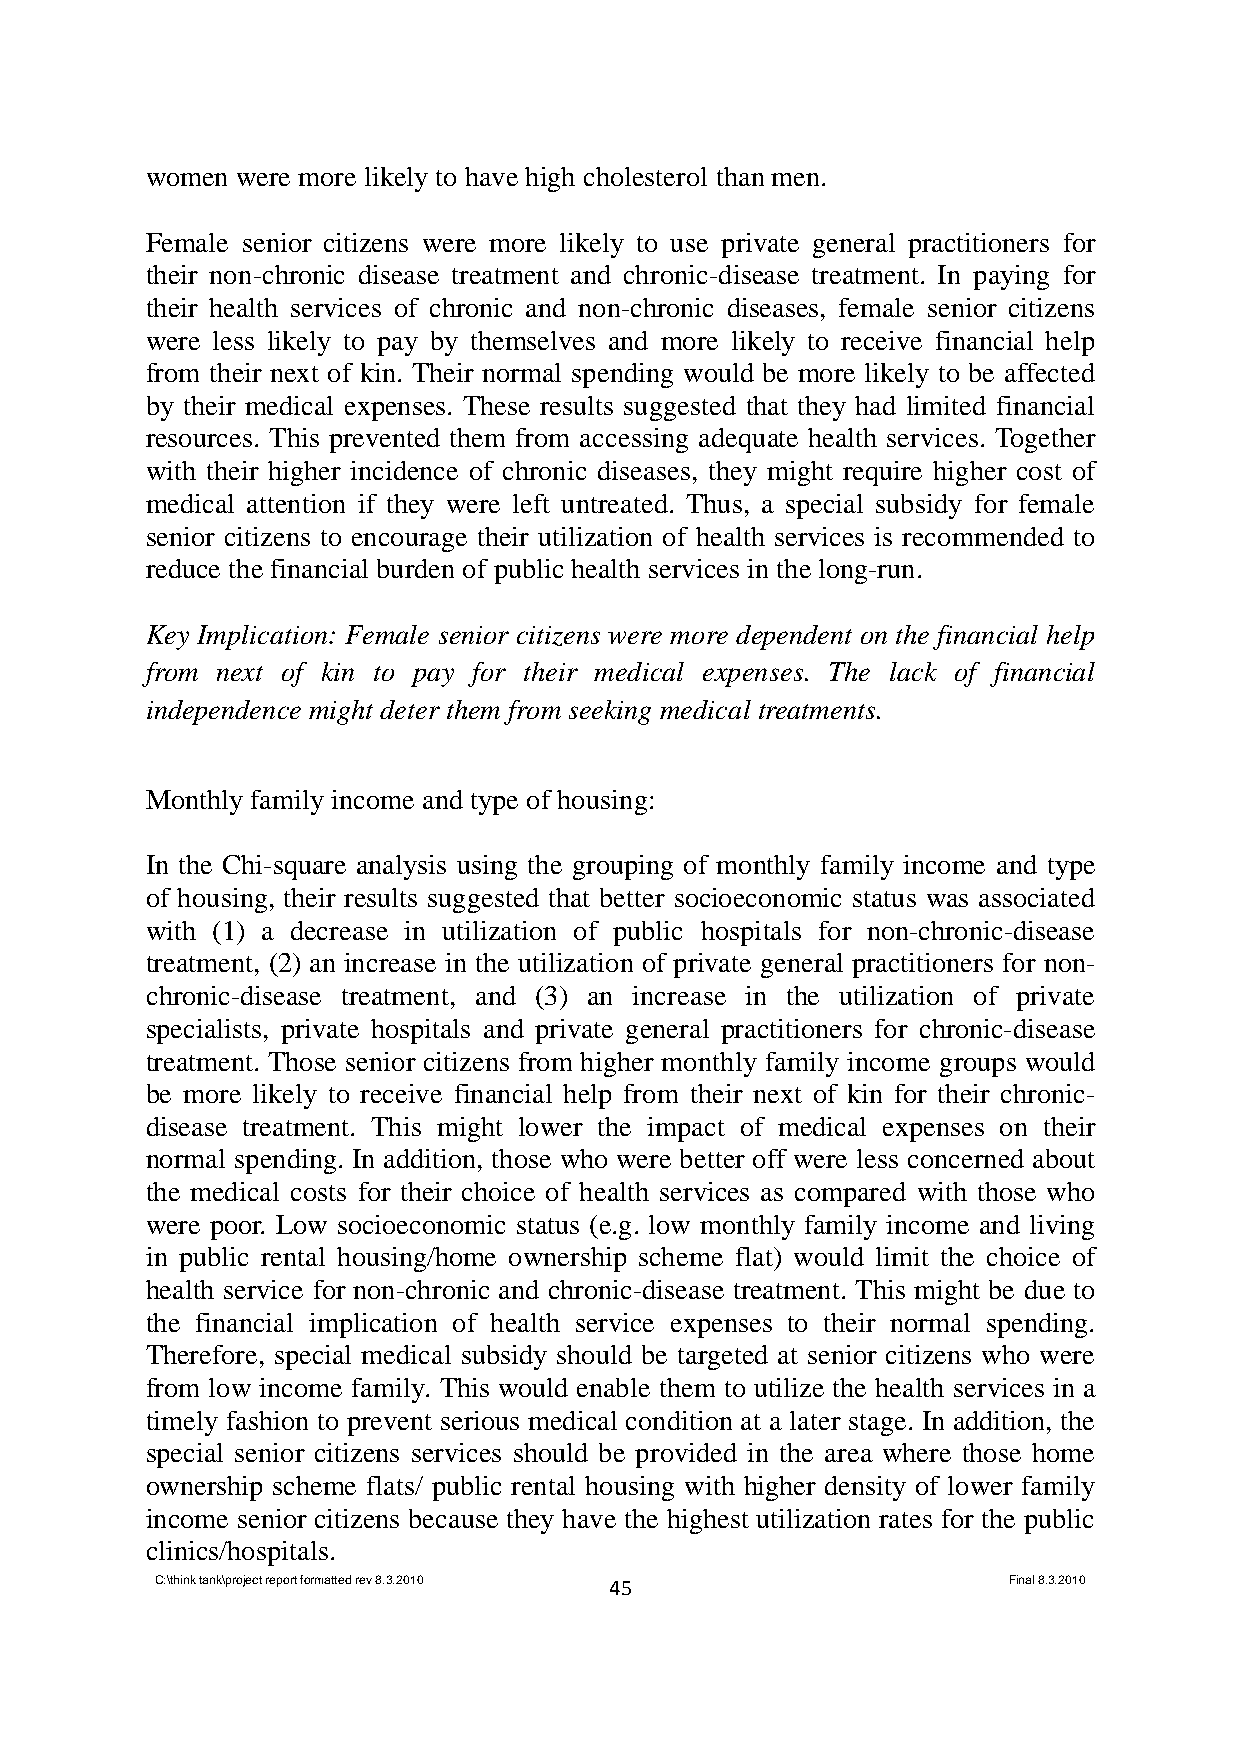
women were more likely to have high cholesterol than men.
 Female senior citizens were more likely to use private general practitioners for
 their non-chronic disease treatment and chronic-disease treatment. In paying for
 their health services of chronic and non-chronic diseases, female senior citizens
 were less likely to pay by themselves and more likely to receive financial help
 from their next of kin. Their normal spending would be more likely to be affected
 by their medical expenses. These results suggested that they had limited financial
 resources. This prevented them from accessing adequate health services. Together
 with their higher incidence of chronic diseases, they might require higher cost of
 medical attention if they were left untreated. Thus, a special subsidy for female
 senior citizens to encourage their utilization of health services is recommended to
 reduce the financial burden of public health services in the long-run.
 Key Implication: Female senior citizens were more dependent on the financial help
 from next of kin to pay for their medical expenses. The lack of financial
 independence might deter them from seeking medical treatments.
 Monthly family income and type of housing:
 In the Chi-square analysis using the grouping of monthly family income and type
 of housing, their results suggested that better socioeconomic status was associated
 with (1) a decrease in utilization of public hospitals for non-chronic-disease
 treatment, (2) an increase in the utilization of private general practitioners for non-
 chronic-disease treatment, and (3) an increase in the utilization of private
 specialists, private hospitals and private general practitioners for chronic-disease
 treatment. Those senior citizens from higher monthly family income groups would
 be more likely to receive financial help from their next of kin for their chronic-
 disease treatment. This might lower the impact of medical expenses on their
 normal spending. In addition, those who were better off were less concerned about
 the medical costs for their choice of health services as compared with those who
 were poor. Low socioeconomic status (e.g. low monthly family income and living
 in public rental housing/home ownership scheme flat) would limit the choice of
 health service for non-chronic and chronic-disease treatment. This might be due to
 the financial implication of health service expenses to their normal spending.
 Therefore, special medical subsidy should be targeted at senior citizens who were
 from low income family. This would enable them to utilize the health services in a
 timely fashion to prevent serious medical condition at a later stage. In addition, the
 special senior citizens services should be provided in the area where those home
 ownership scheme flats/ public rental housing with higher density of lower family
 income senior citizens because they have the highest utilization rates for the public
 clinics/hospitals.
 C:\think tank\project report formatted rev 8.3.2010 45   Final 8.3.2010